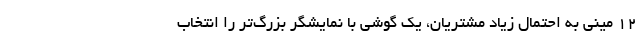
12 مینی به احتمال زیاد مشتریان، یک گوشی با نمایشگر بزرگ‌تر را انتخاب